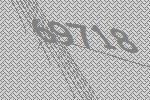
69718